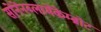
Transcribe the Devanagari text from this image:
सोंनेंनब्लामेंकेम्ब्रोट